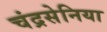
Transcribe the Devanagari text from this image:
चंद्रसेनिया